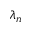
\lambda _ { n }